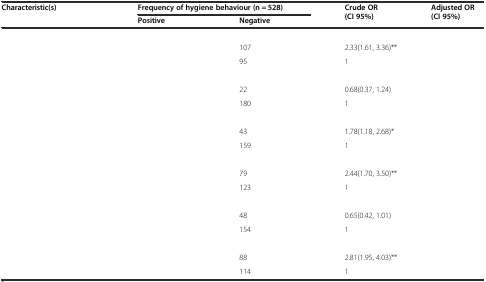
<table><thead><tr><td rowspan="2"><b>Characteristic(s)</b></td><td colspan="2"><b>Frequency of hygiene behaviour (n = 528)</b></td><td rowspan="2"><b>Crude OR (CI 95%)</b></td><td rowspan="2"><b>Adjusted OR (CI 95%)</b></td></tr><tr><td><b>Positive</b></td><td><b>Negative</b></td></tr></thead><tbody><tr><td>[EMPTY_CELL]</td><td>[EMPTY_CELL]</td><td>[EMPTY_CELL]</td><td>[EMPTY_CELL]</td><td>[EMPTY_CELL]</td></tr><tr><td>[EMPTY_CELL]</td><td>[EMPTY_CELL]</td><td>107</td><td>2.33(1.61, 3.36)**</td><td>[EMPTY_CELL]</td></tr><tr><td>[EMPTY_CELL]</td><td>[EMPTY_CELL]</td><td>95</td><td>1</td><td>[EMPTY_CELL]</td></tr><tr><td>[EMPTY_CELL]</td><td>[EMPTY_CELL]</td><td>[EMPTY_CELL]</td><td>[EMPTY_CELL]</td><td>[EMPTY_CELL]</td></tr><tr><td>[EMPTY_CELL]</td><td>[EMPTY_CELL]</td><td>22</td><td>0.68(0.37, 1.24)</td><td>[EMPTY_CELL]</td></tr><tr><td>[EMPTY_CELL]</td><td>[EMPTY_CELL]</td><td>180</td><td>1</td><td>[EMPTY_CELL]</td></tr><tr><td>[EMPTY_CELL]</td><td>[EMPTY_CELL]</td><td>[EMPTY_CELL]</td><td>[EMPTY_CELL]</td><td>[EMPTY_CELL]</td></tr><tr><td>[EMPTY_CELL]</td><td>[EMPTY_CELL]</td><td>43</td><td>1.78(1.18, 2.68)*</td><td>[EMPTY_CELL]</td></tr><tr><td>[EMPTY_CELL]</td><td>[EMPTY_CELL]</td><td>159</td><td>1</td><td>[EMPTY_CELL]</td></tr><tr><td>[EMPTY_CELL]</td><td>[EMPTY_CELL]</td><td>[EMPTY_CELL]</td><td>[EMPTY_CELL]</td><td>[EMPTY_CELL]</td></tr><tr><td>[EMPTY_CELL]</td><td>[EMPTY_CELL]</td><td>79</td><td>2.44(1.70, 3.50)**</td><td>[EMPTY_CELL]</td></tr><tr><td>[EMPTY_CELL]</td><td>[EMPTY_CELL]</td><td>123</td><td>1</td><td>[EMPTY_CELL]</td></tr><tr><td>[EMPTY_CELL]</td><td>[EMPTY_CELL]</td><td>[EMPTY_CELL]</td><td>[EMPTY_CELL]</td><td>[EMPTY_CELL]</td></tr><tr><td>[EMPTY_CELL]</td><td>[EMPTY_CELL]</td><td>48</td><td>0.65(0.42, 1.01)</td><td>[EMPTY_CELL]</td></tr><tr><td>[EMPTY_CELL]</td><td>[EMPTY_CELL]</td><td>154</td><td>1</td><td>[EMPTY_CELL]</td></tr><tr><td>[EMPTY_CELL]</td><td>[EMPTY_CELL]</td><td>[EMPTY_CELL]</td><td>[EMPTY_CELL]</td><td>[EMPTY_CELL]</td></tr><tr><td>[EMPTY_CELL]</td><td>[EMPTY_CELL]</td><td>88</td><td>2.81(1.95, 4.03)**</td><td>[EMPTY_CELL]</td></tr><tr><td>[EMPTY_CELL]</td><td>[EMPTY_CELL]</td><td>114</td><td>1</td><td>[EMPTY_CELL]</td></tr></tbody></table>